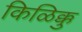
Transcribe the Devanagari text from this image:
किळिक्कु